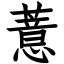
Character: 薏